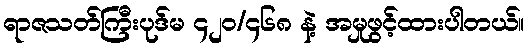
ရာဇသတ်ကြီးပုဒ်မ ၄၂၀/၄၆၈ နဲ့ အမှုဖွင့်ထားပါတယ်။